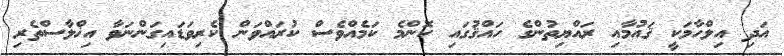
އަދި އިލްހާމަކީ ޤައުމާއި ރައްޔިތުންގެ ހައްޤުގައި ކޮންމެ ކަމެއްވެސް ކުރައްވަން ކެރިވަޑައިގަންނަވާ އިޚްލާސްތެރި